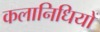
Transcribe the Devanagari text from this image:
कलानिधियों